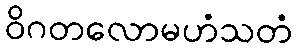
ဝိဂတလောမဟံသတံ